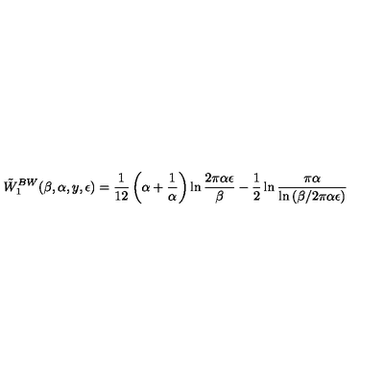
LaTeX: \tilde { W } _ { 1 } ^ { B W } ( \beta , \alpha , y , \epsilon ) = { \frac { 1 } { 1 2 } } \left( \alpha + { \frac { 1 } { \alpha } } \right) \ln { \frac { 2 \pi \alpha \epsilon } { \beta } } - \frac 1 2 \ln { \frac { \pi \alpha } { \ln { ( \beta / 2 \pi \alpha \epsilon ) } } }